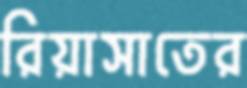
রিয়াসাতের